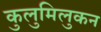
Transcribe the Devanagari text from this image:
कुलुमिलुकन